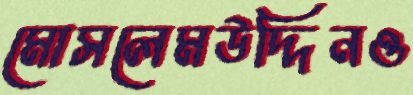
মোসলেমউদ্দিনও